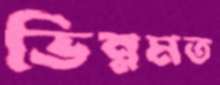
ভিন্নমত